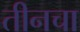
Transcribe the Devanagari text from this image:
तीनचा